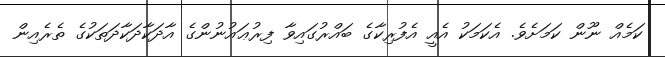
ކަމެއް ނޫން ކަމަށެވެ. އެކަމަކު އެއީ އެފުރިކާގެ ބައްރުގައިވާ ފިރުޢައުނުންގެ އާދަކާދަކާދަތަކުގެ ތެރެއިން